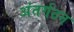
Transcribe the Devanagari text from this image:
अंतर्गठन